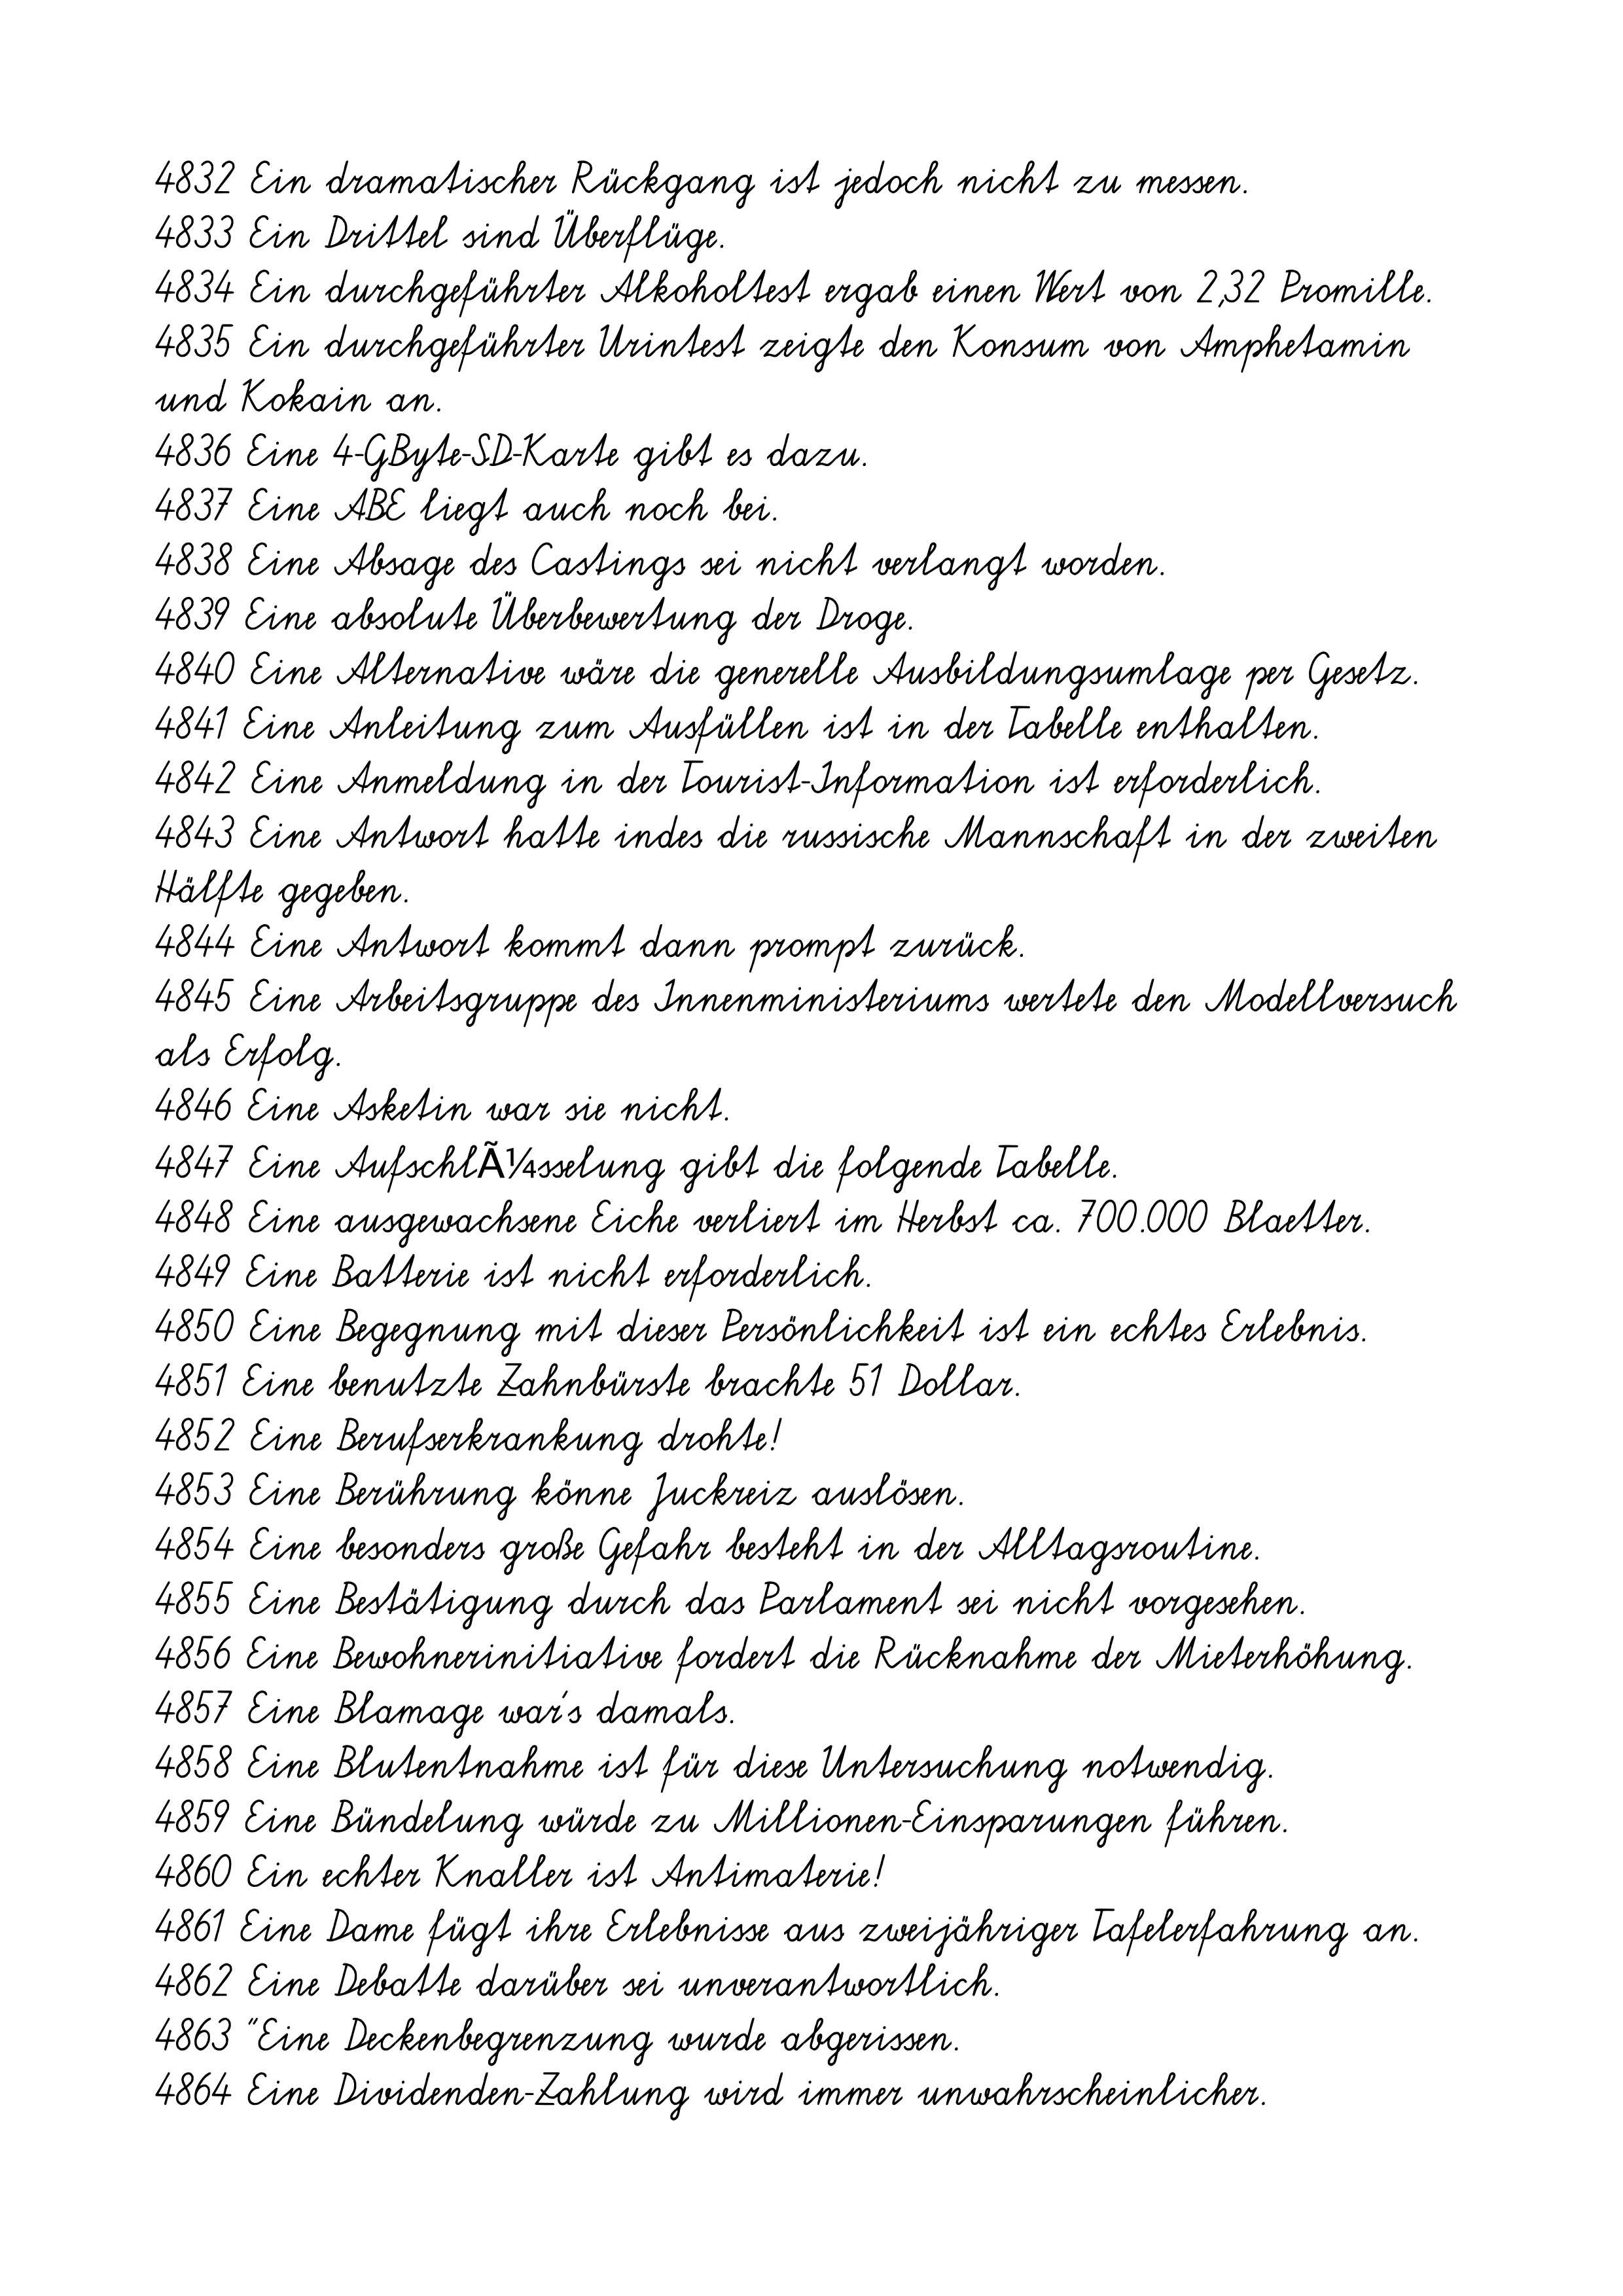
4832 Ein dramatischer Rückgang ist jedoch nicht zu messen.
4833 Ein Drittel sind Überflüge.
4834 Ein durchgeführter Alkoholtest ergab einen Wert von 2,32 Promille.
4835 Ein durchgeführter Urintest zeigte den Konsum von Amphetamin
und Kokain an.
4836 Eine 4-GByte-SD-Karte gibt es dazu.
4837 Eine ABE liegt auch noch bei.
4838 Eine Absage des Castings sei nicht verlangt worden.
4839 Eine absolute Überbewertung der Droge.
4840 Eine Alternative wäre die generelle Ausbildungsumlage per Gesetz.
4841 Eine Anleitung zum Ausfüllen ist in der Tabelle enthalten.
4842 Eine Anmeldung in der Tourist-Information ist erforderlich.
4843 Eine Antwort hatte indes die russische Mannschaft in der zweiten
Hälfte gegeben.
4844 Eine Antwort kommt dann prompt zurück.
4845 Eine Arbeitsgruppe des Innenministeriums wertete den Modellversuch
als Erfolg.
4846 Eine Asketin war sie nicht.
4847 Eine AufschlÃ¼sselung gibt die folgende Tabelle.
4848 Eine ausgewachsene Eiche verliert im Herbst ca. 700.000 Blaetter.
4849 Eine Batterie ist nicht erforderlich.
4850 Eine Begegnung mit dieser Persönlichkeit ist ein echtes Erlebnis.
4851 Eine benutzte Zahnbürste brachte 51 Dollar.
4852 Eine Berufserkrankung drohte!
4853 Eine Berührung könne Juckreiz auslösen.
4854 Eine besonders große Gefahr besteht in der Alltagsroutine.
4855 Eine Bestätigung durch das Parlament sei nicht vorgesehen.
4856 Eine Bewohnerinitiative fordert die Rücknahme der Mieterhöhung.
4857 Eine Blamage war's damals.
4858 Eine Blutentnahme ist für diese Untersuchung notwendig.
4859 Eine Bündelung würde zu Millionen-Einsparungen führen.
4860 Ein echter Knaller ist Antimaterie!
4861 Eine Dame fügt ihre Erlebnisse aus zweijähriger Tafelerfahrung an.
4862 Eine Debatte darüber sei unverantwortlich.
4863 "Eine Deckenbegrenzung wurde abgerissen.
4864 Eine Dividenden-Zahlung wird immer unwahrscheinlicher.